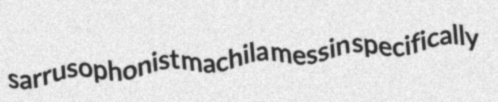
sarrusophonist machila messin specifically